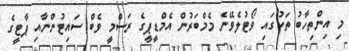
މި އިންތިހާބު ތަކުގައި ވޯޓުލެވޭނެ މެމްބަރުން އެމްޑީޕީގެ ރަސްމީ ވެބް ސައިޓުންނާއި ޕާޓީގެ